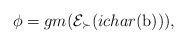
LaTeX: \begin{align*}\phi =gm( \mathcal{E}_{\succ} (ichar(\mathrm{b}))),\end{align*}